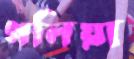
গলিয়া